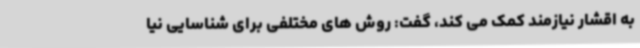
به اقشار نیازمند کمک می کند، گفت: روش های مختلفی برای شناسایی نیا